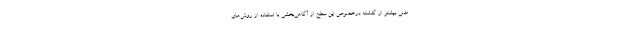
مدنی بیشتر از گذشته درخصوص این سطح از آگاهی‌بخشی با استفاده از روش‌های